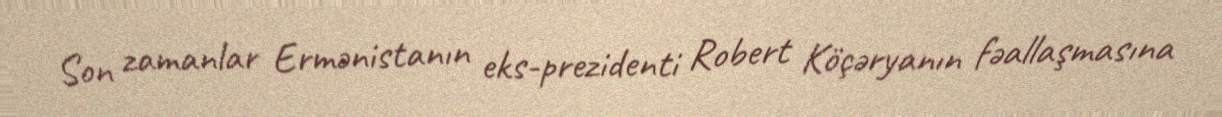
Son zamanlar Ermənistanın eks-prezidenti Robert Köçəryanın fəallaşmasına